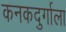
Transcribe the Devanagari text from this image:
कनकदुर्गाला